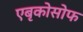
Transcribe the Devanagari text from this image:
एबृकोसोफ